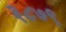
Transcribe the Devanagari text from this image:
३८७९